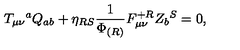
T _ { \mu \nu } { } ^ { a } Q _ { a b } + \eta _ { R S } { \frac { 1 } { \Phi _ { ( R ) } } } F _ { \mu \nu } ^ { + R } Z _ { b } { } ^ { S } = 0 ,